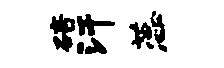
碚汗蕊